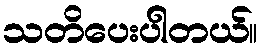
သတိပေးပါတယ်။